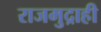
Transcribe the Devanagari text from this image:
राजमुद्राही